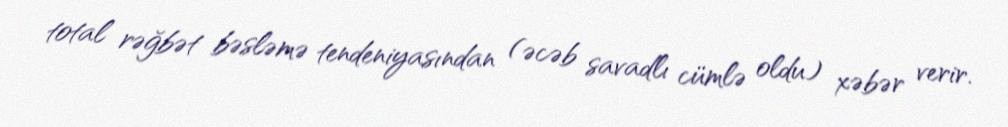
total rəğbət bəsləmə tendeniyasından (əcəb savadlı cümlə oldu) xəbər verir.